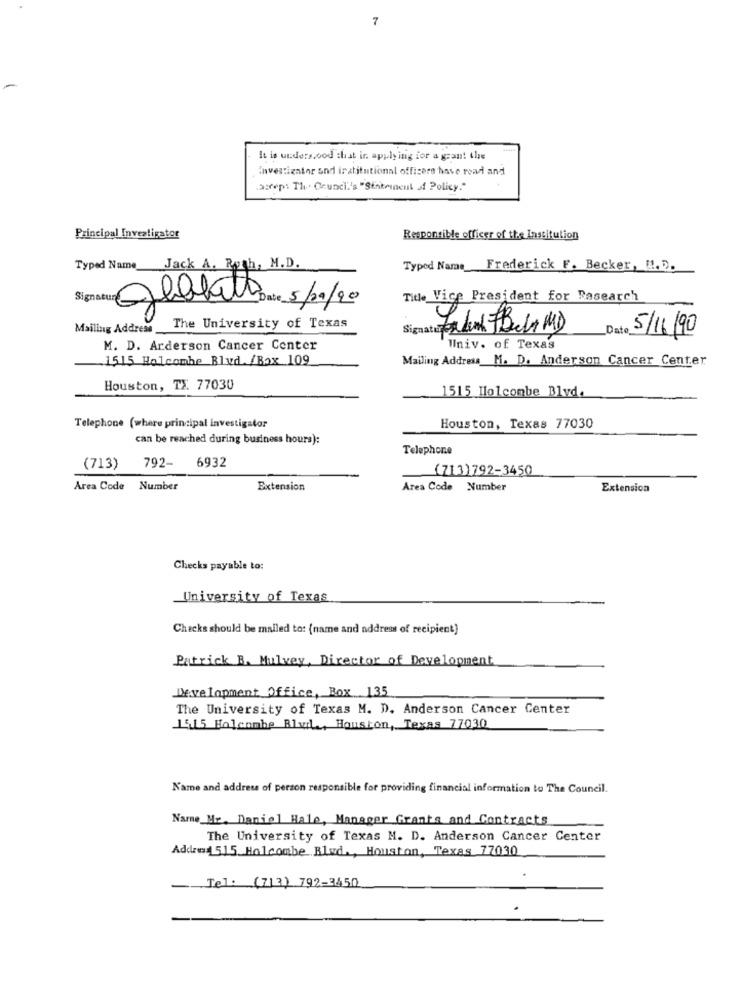
7
It is unders.ood that in applying for a grant the
Investigator and institutional officers have read and
.asreps Th . Council's "Statement of Policy."
Principal Investigator
Responsible officer of the Institution
Typed Name Jack A. Roth, M.D.
Typed Name Frederick F. Becker, M.D.
Title Vice President for Research
glibbet Date 5/29/20
Mailing Address_
The University of Texas
Jakem Beh MD
Date 5/16/90
M. D. Arderson Cancer Center
Univ. of Texas
1515 Holcombe Blud. /Box 109
Mailing Address M. D. Anderson Cancer Center
Houston, TX. 77030
1515 Holcombe Blvd.
Telephone (where principal investigator
Houston, Texas 77030
can be reached during business hours):
Telephone
(713)
792-
6932
(713)792-3450
Area Code Number
Extension
Area Code Number
Extension
Checks payable to:
University of Texas
Checks should be mailed to: (name and address of recipient)
Patrick B. Mulvey, Director of Development
Development Office, Box 135
The University of Texas M. D. Anderson Cancer Center
1515 Holcombe Blvile, Houston, Texas 77030
Name and address of person responsible for providing financial information to The Council.
Narne_Mr. Daniel Hale, Manager Grants and Contracts
The University of Texas M. D. Anderson Cancer Center
Address 515 Holcombe Blad ., Houston, Texas 77030
Tel: (713) 792-3450